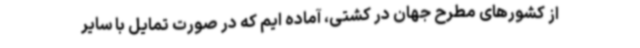
از کشورهای مطرح جهان در کشتی، آماده ایم که در صورت تمایل با سایر